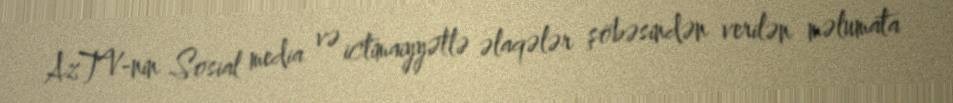
AzTV-nin Sosial media və ictimaiyyətlə əlaqələr şöbəsindən verilən məlumata